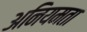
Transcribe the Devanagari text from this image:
अनियमता